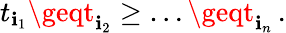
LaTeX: t_{\mathbf{i}_{1}}\geqt_{\mathbf{i}_{2}}\geq\dots\geqt_{\mathbf{i}_{n}}\, .